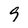
Character: 9